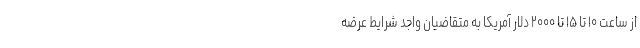
از ساعت ۱۰ تا ۱۵ تا ۲۰۰۰ دلار آمریکا به متقاضیان واجد شرایط عرضه